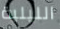
الليلية